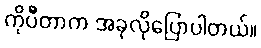
ကိုပီတာက အခုလိုပြောပါတယ်။